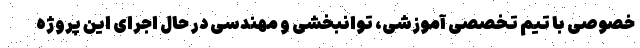
خصوصی با تیم تخصصی آموزشی، توانبخشی و مهندسی در حال اجرای این پروژه